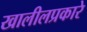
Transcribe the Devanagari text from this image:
खालीलप्रकारे